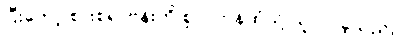
ပြီးတော့ စားစရာဗန်းကို စူလတန်ထံသို့ ယူလာခဲ့သည်။